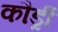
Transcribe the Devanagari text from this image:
कौर्ड्री